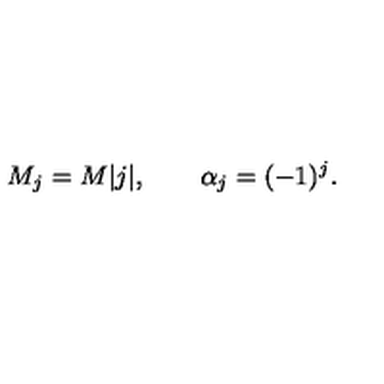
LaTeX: M _ { j } = M | j | , \qquad \alpha _ { j } = ( - 1 ) ^ { j } .